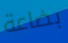
بضاعة